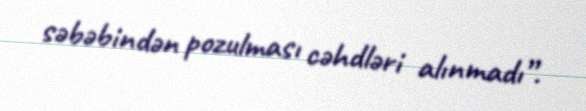
səbəbindən pozulması cəhdləri alınmadı”.